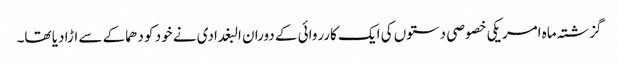
گزشتہ ماہ امریکی خصوصی دستوں کی ایک کارروائی کے دوران البغدادی نے خود کو دھماکے سے اڑا دیا تھا۔